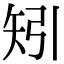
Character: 矧